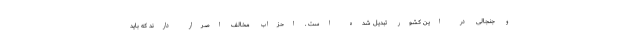
و جنجالی در این کشور تبدیل شده است . احزاب مخالف اصرار دارند که باید